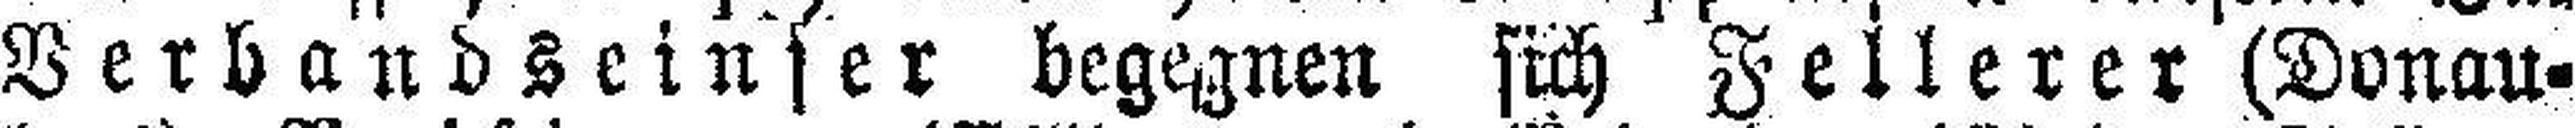
Verbandseinser begegnen sich Fellerer (Donau¬